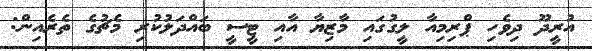
އުރީދޫ ދިވެހި ޕްރިމިއާ ލީގުގައި މާޒިޔާ އާއި ޓީސީ ބައްދަލުކުރި މެޗުގެ ތެރެއިން: